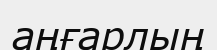
аңғарлың